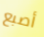
أصبع